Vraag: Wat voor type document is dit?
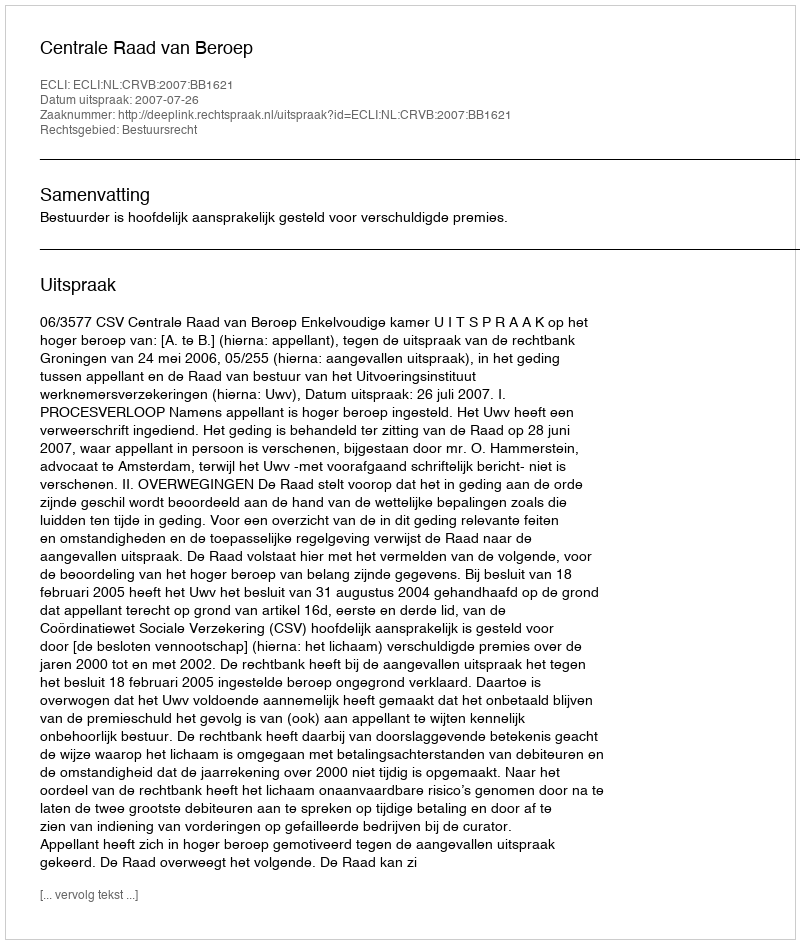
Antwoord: Uitspraak